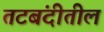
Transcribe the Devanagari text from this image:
तटबंदीतील